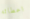
اعطائه